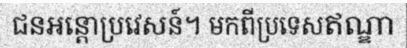
ជនអន្តោប្រវេសន៍។ មកពីប្រទេសឥណ្ឌា